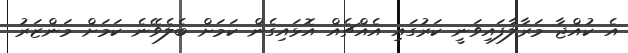
އެ ކުއްޖާ މަރާލާފައިވަނީ ކަރުގައި އެއްޗެއް އޮޅައިގެން ކަމަށް ބެލެވޭނެ ކަމަށް މަންޒަރު